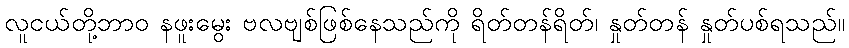
လူငယ်တို့ဘာဝ နဖူးမွေး ဗလဗျစ်ဖြစ်နေသည်ကို ရိတ်တန်ရိတ်၊ နှုတ်တန် နှုတ်ပစ်ရသည်။